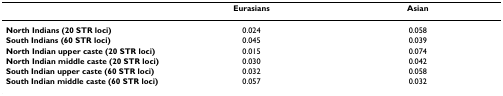
<table><thead><tr><td></td><td><b>Eurasians</b></td><td><b>Asian</b></td></tr></thead><tbody><tr><td><b>North Indians (20 STR loci)</b></td><td>0.024</td><td>0.058</td></tr><tr><td><b>South Indians (60 STR loci)</b></td><td>0.045</td><td>0.039</td></tr><tr><td><b>North Indian upper caste (20 STR loci)</b></td><td>0.015</td><td>0.074</td></tr><tr><td><b>North Indian middle caste (20 STR loci)</b></td><td>0.030</td><td>0.042</td></tr><tr><td><b>South Indian upper caste (60 STR loci)</b></td><td>0.032</td><td>0.058</td></tr><tr><td><b>South Indian middle caste (60 STR loci)</b></td><td>0.057</td><td>0.032</td></tr></tbody></table>